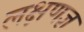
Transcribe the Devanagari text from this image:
लक्षणज्ञ